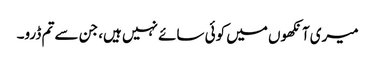
میری آنکھوں میں کوئی سائے نہیں ہیں، جن سے تم ڈرو۔